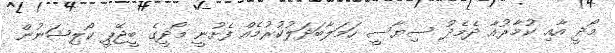
މޯދީ އާއި ކުމާރުއާ ދެމެދު ސިޔާސީ ހަމަލާބަދަލުކުރުމެއް ފެށުނީ މޯދީގެ ބީޖޭޕީ ކޯލިޝަނުން